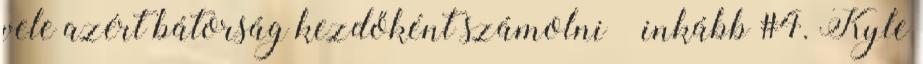
vele azért bátorság kezdőként számolni – inkább #4. Kyle